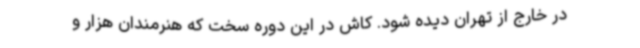
در خارج از تهران دیده شود. کاش در این دوره سخت که هنرمندان هزار و